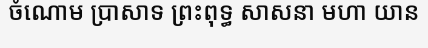
ចំណោម ប្រាសាទ ព្រះពុទ្ធ សាសនា មហា យាន